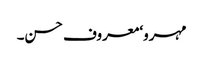
مہرو‘ معروف حسن۔